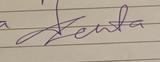
Signature authenticity: genuine